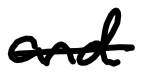
Text: and
Cross-out: single-line
Writing tool: digital_black